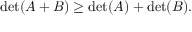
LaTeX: \operatorname* { d e t } ( A + B ) \geq \operatorname* { d e t } ( A ) + \operatorname* { d e t } ( B ) .